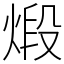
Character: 煅